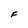
Character: F